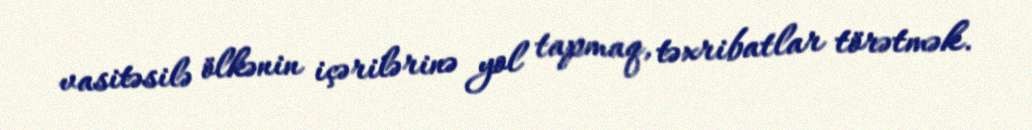
vasitəsilə ölkənin içərilərinə yol tapmaq, təxribatlar törətmək.